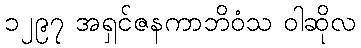
၁၂၉၇ အရှင်ဇနကာဘိဝံသ ဝါဆိုလ